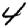
Digit: 4